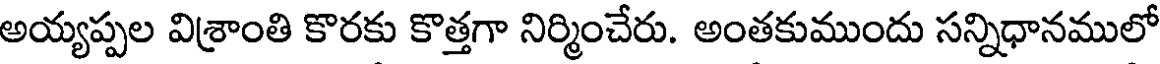
అయ్యప్పల విశ్రాంతి కొరకు కొత్తగా నిర్మించేరు. అంతకుముందు సన్నిధానములో